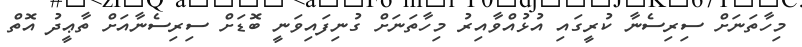
މިހާތަނަށް ސިރިސެނާ ކުރީގައި އުޅުއްވާއިރު މިހާތަނަށް ގުނިފައިވަނީ ބޮޑަށް ސިރިސެނާއަށް ތާޢީދު އޮތް